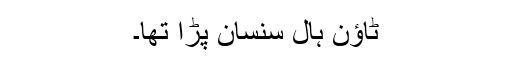
ٹاؤن ہال سنسان پڑا تھا۔